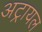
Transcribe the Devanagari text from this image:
अट्रायल